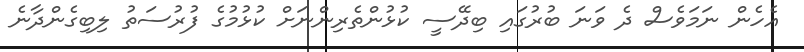
އެހެން ނަމަވެސް ދެ ވަނަ ބުރުގައި ބިދޭސީ ކުޅުންތެރިންނަށް ކުޅުމުގެ ފުރުސަތު ލިބިގެންދާނެ